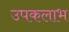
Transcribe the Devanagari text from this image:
उपकलाभ